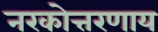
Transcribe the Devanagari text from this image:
नरकोत्तरणाय